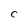
Character: C